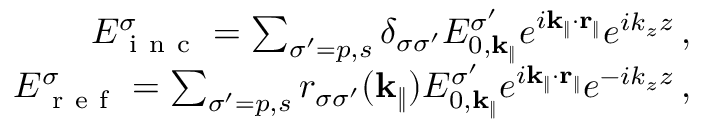
\begin{array} { r } { E _ { \mathrm { ~ i ~ n ~ c ~ } } ^ { \sigma } = \sum _ { \sigma ^ { \prime } = p , s } \delta _ { \sigma \sigma ^ { \prime } } E _ { 0 , \mathbf { k } _ { \| } } ^ { \sigma ^ { \prime } } e ^ { i \mathbf { k } _ { \| } \cdot \mathbf { r } _ { \| } } e ^ { i k _ { z } z } \, , } \\ { E _ { \mathrm { ~ r ~ e ~ f ~ } } ^ { \sigma } = \sum _ { \sigma ^ { \prime } = p , s } r _ { \sigma \sigma ^ { \prime } } ( \mathbf { k } _ { \| } ) E _ { 0 , \mathbf { k } _ { \| } } ^ { \sigma ^ { \prime } } e ^ { i \mathbf { k } _ { \| } \cdot \mathbf { r } _ { \| } } e ^ { - i k _ { z } z } \, , } \end{array}